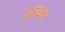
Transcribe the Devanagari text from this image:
हेल्पिंग